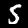
Digit: 5